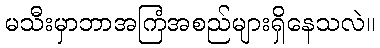
မသီးမှာဘာအကြံအစည်များရှိနေသလဲ။